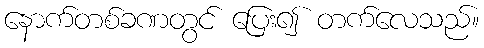
နောက်တစ်ခဏတွင် ပြေး၍ တက်လေသည်။